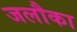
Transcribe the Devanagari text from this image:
जलौका